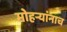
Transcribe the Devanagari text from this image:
मोहऱ्यांनाच